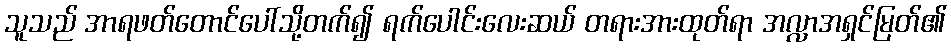
သူသည် အာရဖတ်တောင်ပေါ်သို့တက်၍ ရက်ပေါင်းလေးဆယ် တရားအားထုတ်ရာ အလ္လာအရှင်မြတ်၏